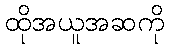
ထိုအယူအဆကို